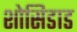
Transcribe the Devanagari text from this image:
शोसिडाड